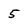
Character: 5